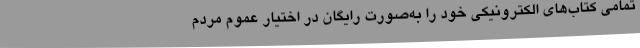
تمامی کتاب‌های الکترونیکی خود را به‌صورت رایگان در اختیار عموم مردم